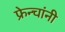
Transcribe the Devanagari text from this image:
फ्रेन्चांनी